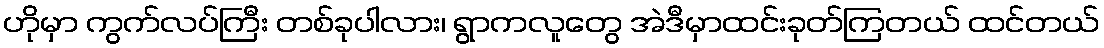
ဟိုမှာ ကွက်လပ်ကြီး တစ်ခုပါလား၊ ရွာကလူတွေ အဲဒီမှာထင်းခုတ်ကြတယ် ထင်တယ်